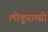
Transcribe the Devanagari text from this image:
लोकुराच्ची